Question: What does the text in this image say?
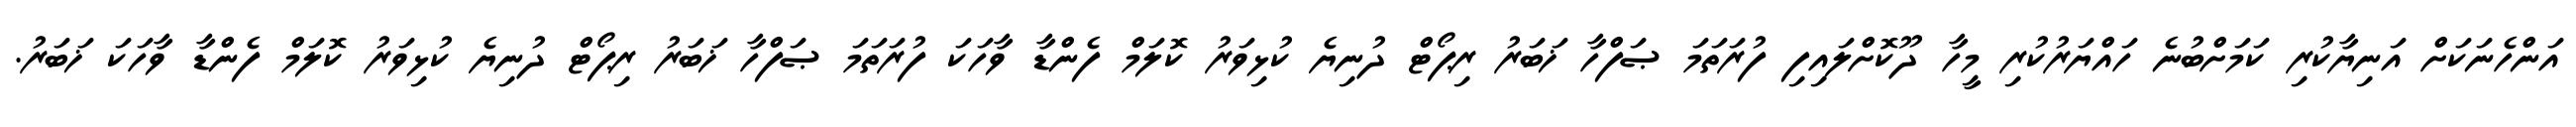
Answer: އަންހެނަކަށް އަނިޔާކުރި ކަމަށްބުނެ ހައްޔަރުކުރި މީހާ ދޫކޮށްލައިފި ފުރަތަމަ ޞަފްހާ ޚަބަރު ރިޕޯޓް ދުނިޔެ ކުޅިވަރު ކޮލަމް ފެންޑާ ވާހަކަ ފުރަތަމަ ޞަފްހާ ޚަބަރު ރިޕޯޓް ދުނިޔެ ކުޅިވަރު ކޮލަމް ފެންޑާ ވާހަކަ ޚަބަރު.